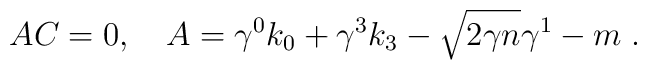
AC=0,\quad A=\gamma ^{0}k_{0}+\gamma ^{3}k_{3}-\sqrt{2\gamma n}\gamma^{1}-m\;.